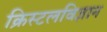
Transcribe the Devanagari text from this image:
क्रिस्टलविज्ञान